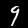
Label: 9